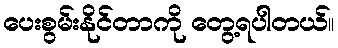
ပေးစွမ်းနိုင်တာကို တွေ့ရပါတယ်။